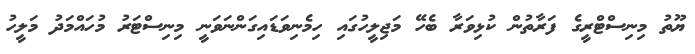
ޔޫތު މިނިސްޓްރީގެ ފަރާތުން ކުޅިވަރާ ބެހޭ މަޖިލީހުގައި ހިމެނިވަޑައިގަންނަވަނީ މިނިސްޓަރު މުހައްމަދު މަލީހު